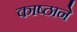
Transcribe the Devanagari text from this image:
काष्ठाने